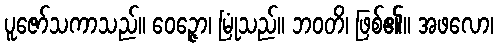
ပူဇော်သကာသည်။ ဝေဉ္ဇော၊ မြုံသည်။ ဘဝတိ၊ ဖြစ်၏။ အဖလော၊